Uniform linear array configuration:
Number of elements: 48
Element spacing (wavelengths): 0.75
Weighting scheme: hann
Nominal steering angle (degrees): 45
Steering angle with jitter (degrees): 45.816
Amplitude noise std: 0.05
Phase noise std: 0.05

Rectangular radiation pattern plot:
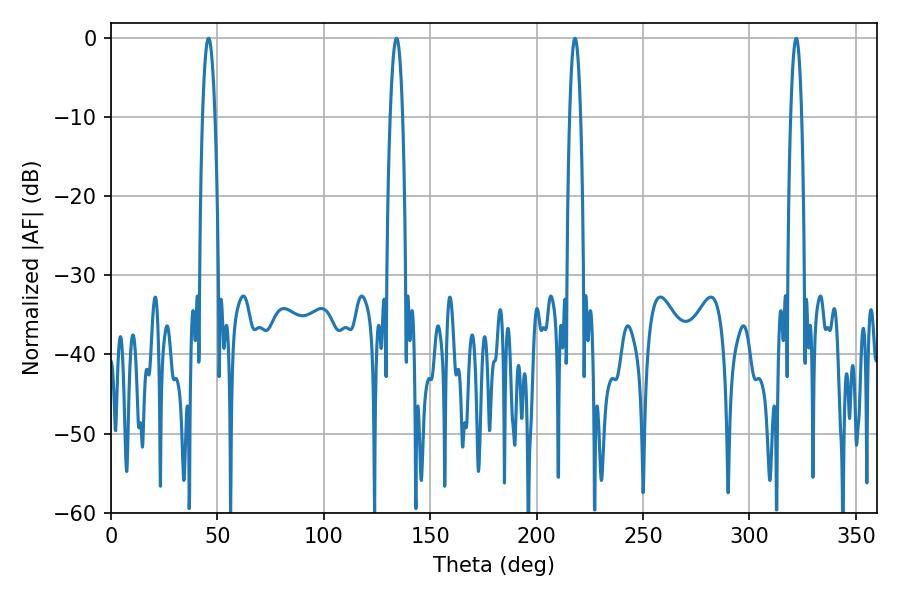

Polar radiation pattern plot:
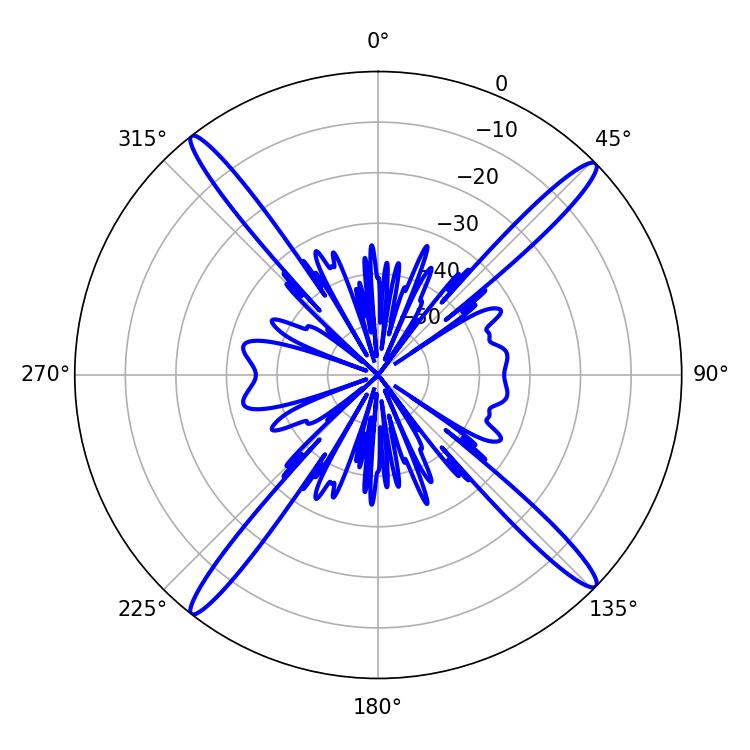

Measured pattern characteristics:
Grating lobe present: TRUE
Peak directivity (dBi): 19.733
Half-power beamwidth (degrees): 2.7
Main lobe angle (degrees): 217.98